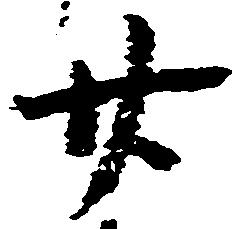
廿